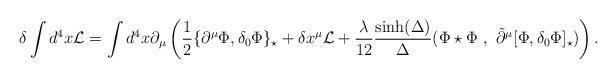
LaTeX: \begin{align*}\delta \int d^4x \mathcal{L}=\int d^4x\partial_\mu\left(\frac 12 \{\partial^\mu\Phi,\delta_0\Phi\}_\star+\delta x^\mu\mathcal{L}+\frac{\lambda}{12}\frac{\sinh(\Delta)}{\Delta}(\Phi\star \Phi~,~\tilde{\partial}^\mu[\Phi,\delta_0\Phi]_\star)\right).\end{align*}